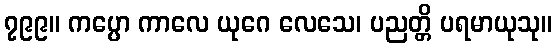
၇၉၉။ ကပ္ပော ကာလေ ယုဂေ လေသေ၊ ပညတ္တိ ပရမာယုသု။